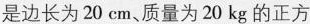
是边长为20cm、质量为20kg的正方